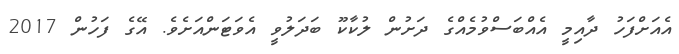
އެއަށްފަހު ދާއިމީ އެއްބަސްވުމެއްގެ ދަށުން ލުކާކޫ ބަދަލުވީ އެވަޓަންއަށެވެ. އޭގެ ފަހުން 2017